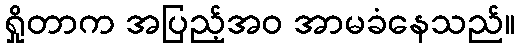
ရှိုတာက အပြည့်အဝ အာမခံနေသည်။